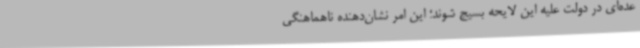
عده‌ای در دولت علیه این لایحه بسیج شوند؛ این امر نشان‌دهنده ناهماهنگی